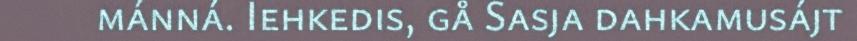
mánná. Iehkedis, gå Sasja dahkamusájt